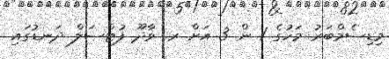
މިޑިސެމްބަރު މަހުގެ 1 ން 3 އަށް ރ. ވާދޫ ފުޓްސަލް ދަނޑުގައި